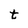
Character: t